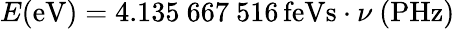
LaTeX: E{\mathrm{(eV)}}=4.135\ 667\ 516\, {\mathrm{feVs}}\cdot\nu\ {\mathrm{(PHz)}}